Report of the Indian Hemp Drugs Commission, 1894-1895 - Volume VII
Year: 1894
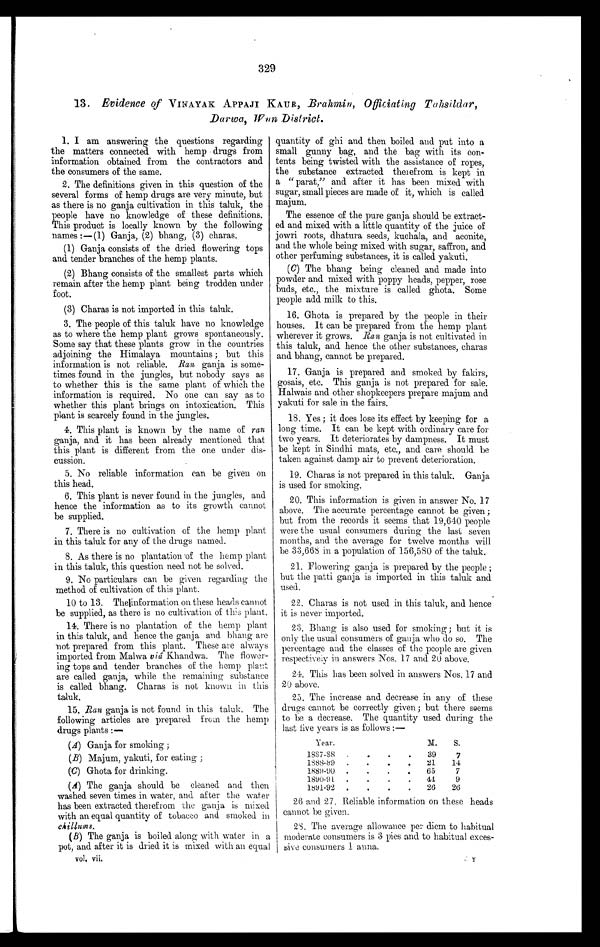
329
13. Evidence of VINAYAK APPAJI KAUR, Brahmin, Officiating Tahsildar,
Darwa, Wnn District.
1. I am answering the questions regarding
the matters connected with hemp drugs from
information obtained from the contractors and
the consumers of the same.
2. The definitions given in this question of the
several forms of hemp drugs are very minute, but
as there is no ganja cultivation in this taluk, the
people have no knowledge of these definitions.
This product is locally known by the following
names :—(1) Ganja, (2) bhang, (3) charas.
(1) Ganja consists of the dried flowering tops
and tender branches of the hemp plants.
(2) Bhang consists of the smallest parts which
remain after the hemp plant being trodden under
foot.
(3) Charas is not imported in this taluk.
3. The people of this taluk have no knowledge
as to where the hemp plant grows spontaneously.
Some say that these plants grow in the countries
adjoining the Himalaya mountains ; but this
information is not reliable. Ran ganja is some-
times found in the jungles, but nobody says as
to whether this is the same plant of which the
information is required. No one can say as to
whether this plant brings on intoxication. This
plant is scarcely found in the jungles.
4. This plant is known by the name of ran
ganja, and it has been already mentioned that
this plant is different from the one under dis-
cussion.
5. No reliable information can be given on
this head.
6. This plant is never found in the jungles, and
hence the information as to its growth cannot
be supplied.
7. There is no cultivation of the hemp plant
in this taluk for any of the drugs named.
8. As there is no plantation .of the hemp plant
in this taluk, this question need not be solved.
9. No particulars can be given regarding the
method of cultivation of this plant.
10 to 13. Thelinformation on these heads cannot
be supplied, as there is no cultivation of this plant.
14. There is no plantation of the hemp plant
in this taluk, and. hence the ganja and bhang are
not prepared from this plant. These are always
imported from Malwa vid Khandwa. The flower-
ing tops and tender branches of the hemp plant
are called ganja, while the remaining substance
is called bhang. Charas is not known in. this
15. Ran ganja is not found in this taluk. The
following articles are prepared from the hemp
drugs plants :—
(A) Ganja for smoking ;
(B) Majum, yakuti, for eating ;
(C) Ghota for drinking.
(A) The ganja should be cleaned and then
washed seven times in water, and after the water
has been extracted therefrom the ganja is mixed
with an equal quantity of tobacco and smoked in
(B) The ganja is boiled along with water in a
pot, and after it is dried it is mixed with an equal
vol. vii.
quantity of ghi and then boiled and put into a
small gunny bag, and the bag with its con-
tents being twisted with the assistance of ropes,
the substance extracted. therefrom is kept in
a " parat," and. after it has been mixed with
sugar, small pieces are made of it, which is called
majum.
The essence of the pure ganja should. be extract-
ed and mixed with a little quantity of the juice of
jowri roots, dhatura seeds, kuchala, and aconite,
and. the whole being mixed with sugar, saffron, and
other perfuming substances, it is called. yakuti.
(C) The bhang being cleaned and made into
powder and mixed with poppy heads, pepper, rose
buds, etc., the mixture is called ghota. Some
people add. milk to this.
16. Ghota is prepared by the people in their
houses. It can be prepared. from the hemp plant
wherever it grows. Ran ganja is not cultivated. in
this taluk, and. hence the other substances, charas
and. bhang, cannot be prepared.
17. Ganja is prepared and. smoked by fakirs,
gosais, etc. This ganja is not prepared. for sale.
Halwais and. other shopkeepers prepare majum and
yakuti for sale in the fairs.
18. Yes ; it does lose its effect by keeping for a
long time. It can be kept with ordinary care for
two years. It deteriorates by dampness. It must
be kept in Sindhi mats, etc., and care should be
taken against damp air to prevent deterioration.
19. Charas is not prepared in this taluk. Ganja
is used for smoking.
20. This information is given in answer No. 17
above. The accurate percentage cannot be given ;
but from the records it seems that 19,640 people
were the usual consumers during the last seven
months, and the average for twelve months will
be 33,668 in a population of 156,580 of the taluk.
21. Flowering ganja is prepared. by the people ;
but the Patti ganja is imported in this taluk and.
used.
22. Charas is not used in this taluk, and hence
it is never imported.
23. Bhang is also used for smoking; but it is
only the usual consumers of ganja who '-' do so. The
percentage and. the classes of the people are given
respectively in answers Nos. 17 and 20 above.
24. This has been solved in answers Nos. 17 and
20 above.
25. The increase and decrease in any of these
drugs cannot be correctly given ; but there seems
to be a decrease. The quantity used during the
Year.
M.
S.
1887-88
.
.
.
.
39
7
1888-89
.
.
.
.
21
14
1885490
.
.
.
.
65
7
1890-91
.
.
.
.
41
9
1891-92
.
.
.
.
26
26
26 and 27. Reliable information on these heads
cannot be given.
28. The average allowance per diem to habitual
I moderate consumers is 3 pies and to habitual exees-
I
consumers I arena.
last five years is as follows :—